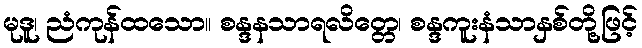
မုဒူ၊ ညံကုန်ထသော။ စန္ဒနသာရလိတ္တေ၊ စန္ဒကူးနံသာနှစ်တို့ဖြင့်